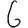
Digit: 6